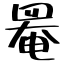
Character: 罨